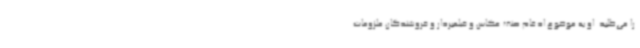
را می‌طلبد. او به موضوع ادغام صنف عکاس و فیلمبردار و فروشندگان ملزومات